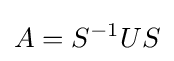
A=S^{-1}US